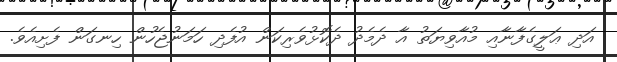
އަދި ޢަލީގެފާނާއި މުއާވިޔަތު އާ ދެމެދު ދެކޮޅުވެރިކަން އުފެދި ހަމަނުޖެހުން ހިނގަން ފެށިއެވެ.